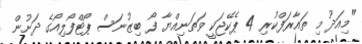
"މިއަދު މި ތައާރަފްކުރި 4 ޕެކޭޖަކީ ވަތަނިއްޔާ ފޯ ބިޒުނަސް ޕޯޓްފޯލިއޯގެ ދަށުން